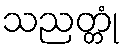
သညတ္တုံ